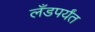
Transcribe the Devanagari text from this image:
लँडपर्यंत